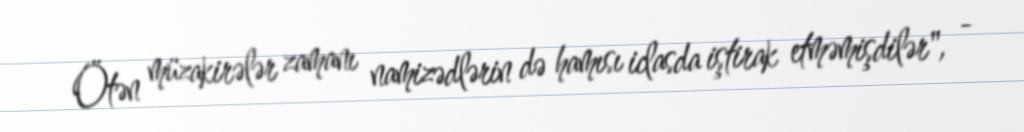
Ötən müzakirələr zamanı namizədlərin də hamısı iclasda iştirak etməmişdilər", -